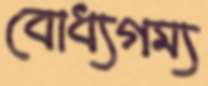
বোধ্যগম্য